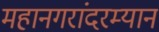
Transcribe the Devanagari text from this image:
महानगरांदरम्यान